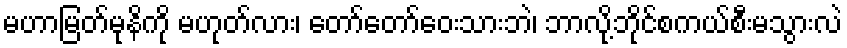
မဟာမြတ်မုနိကို မဟုတ်လား၊ တော်တော်ဝေးသားဘဲ၊ ဘာလို့ဘိုင်စကယ်စီးမသွားလဲ